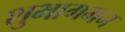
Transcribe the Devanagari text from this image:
शुभागमन